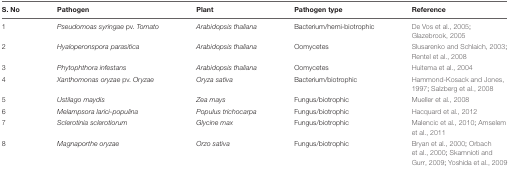
| S. No | Pathogen | Plant | Pathogen type | Reference |
 | --- | --- | --- | --- | --- |
 | 1 | Pseudomoas syringae pv. Tomato | Arabidopsis thaliana | Bacterium/hemi-biotrophic | De Vos et al., 2005; Glazebrook, 2005 |
 | 2 | Hyaloperonspora parasitica | Arabidopsis thaliana | Oomycetes | Slusarenko and Schlaich, 2003; Rentel et al., 2008 |
 | 3 | Phytophthora infestans | Arabidopsis thaliana | Oomycetes | Huitema et al., 2004 |
 | 4 | Xanthomonas oryzae pv. Oryzae | Oryza sativa | Bacterium/biotrophic | Hammond-Kosack and Jones, 1997; Salzberg et al., 2008 |
 | 5 | Ustilago maydis | Zea mays | Fungus/biotrophic | Mueller et al., 2008 |
 | 6 | Melampsora larici-populina | Populus trichocarpa | Fungus/biotrophic | Hacquard et al., 2012 |
 | 7 | Sclerotinia sclerotiorum | Glycine max | Fungus/biotrophic | Malencic et al., 2010; Amselem et al., 2011 |
 | 8 | Magnaporthe oryzae | Orzo sativa | Fungus/biotrophic | Bryan et al., 2000; Orbach et al., 2000; Skamnioti and Gurr, 2009; Yoshida et al., 2009 |